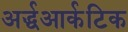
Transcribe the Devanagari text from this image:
अर्द्धआर्कटिक